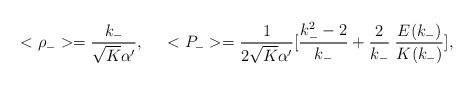
\begin{align*}<\rho_->=\frac{k_-}{\sqrt{K}\alpha'},\;\;\;\;\;<P_->=\frac{1}{2\sqrt{K}\alpha'}[\frac{k_-^2-2}{k_-}+\frac{2}{k_-}\;\frac{E(k_-)}{K(k_-)}],\end{align*}